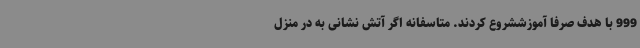
999 با هدف صرفا آموزششروع کردند. متاسفانه اگر آتش نشانی به در منزل